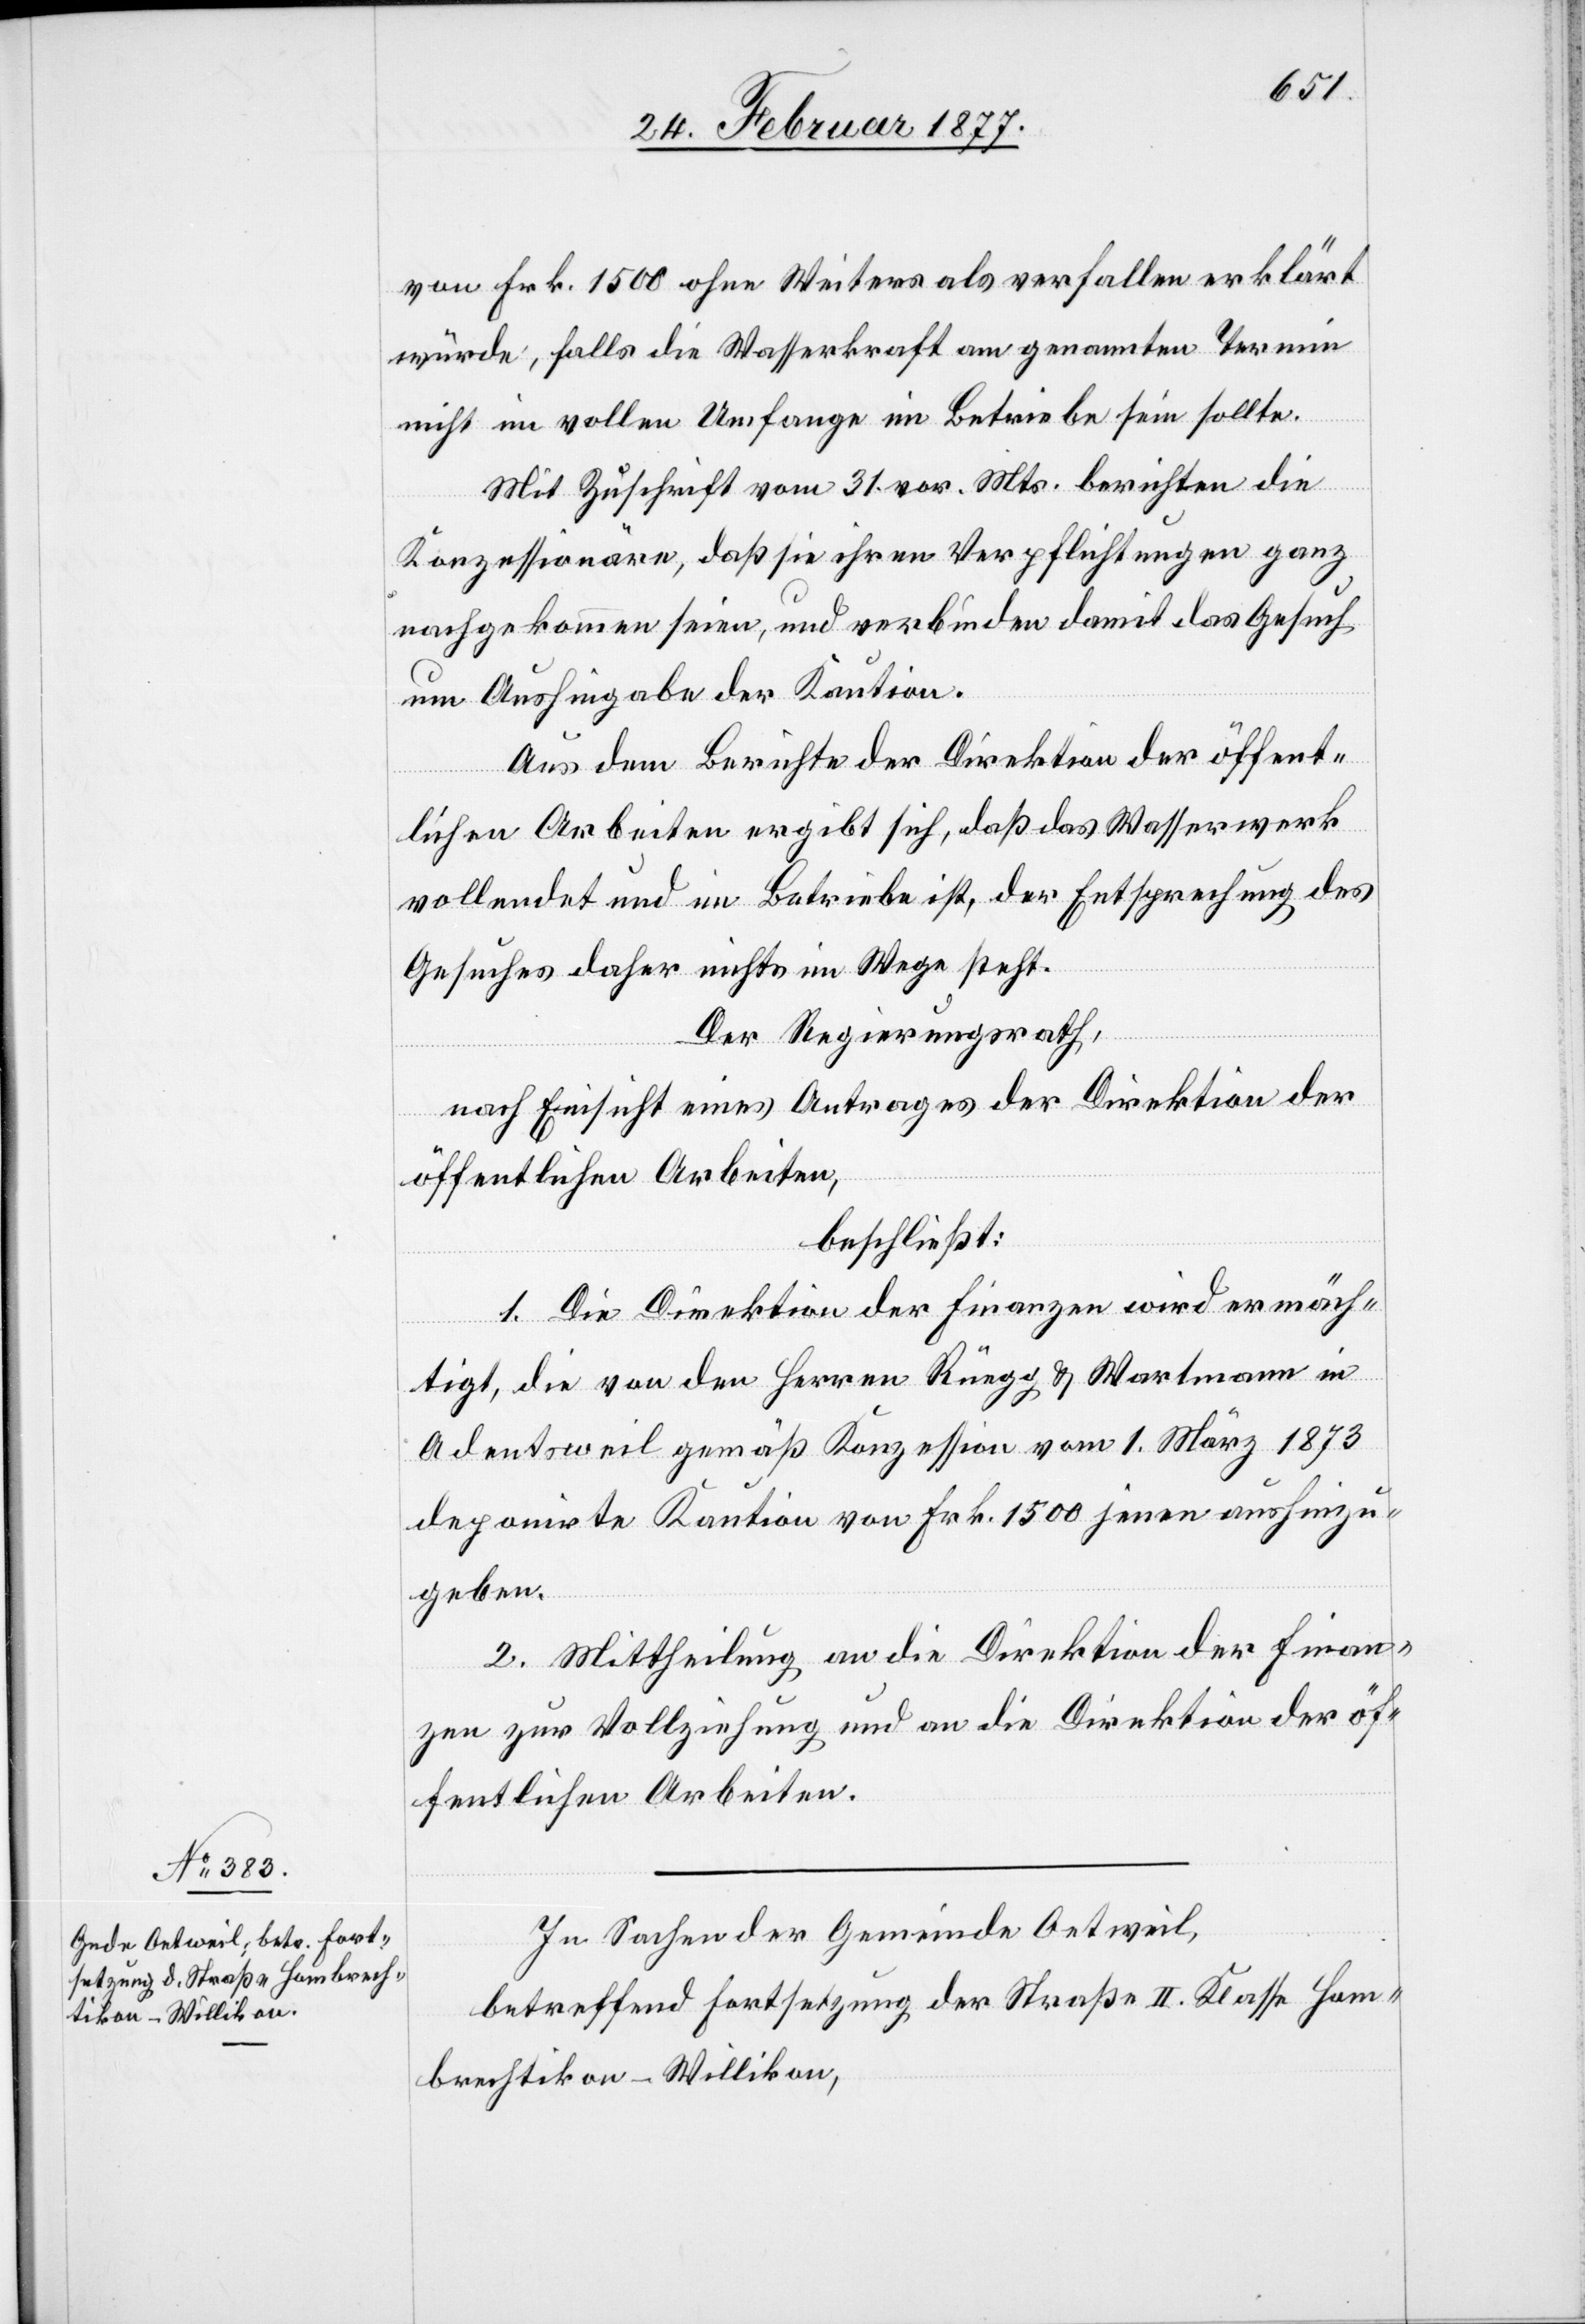
von Frk. 1500 ohne Weiteres als verfallen erklärt
würde, falls die Wasserkraft am genannten Termin
nicht im vollen Umfange im Betriebe sein sollte.
Mit Zuschrift vom 31. vor. Mts. berichten die
Konzessionäre, daß sie ihren Verpflichtungen ganz
nachgekommen seien, und verbinden damit das Gesuch
um Aushingabe der Kaution.
Aus dem Berichte der Direktion der öffent¬
lichen Arbeiten ergibt sich, daß das Wasserwerk
vollendet und im Betriebe ist, der Entsprechung des
Gesuches daher nichts im Wege steht.
Der Regierungsrath,
nach Einsicht eines Antrages der Direktion der
öffentlichen Arbeiten,
beschließt:
1. Die Direktion der Finanzen wird ermäch¬
tigt, die von den Herren Rüegg & Wartmann in
Adentsweil [sic!] gemäß Konzession vom 1. März 1873
deponirte Kaution von Frk. 1500 jenen aushinzu¬
geben.
2. Mittheilung an die Direktion der Finan¬
zen zur Vollziehung und an die Direktion der öf¬
fentlichen Arbeiten.
In Sachen der Gemeinde Oetweil,
betreffend Fortsetzung der Straße II. Klasse Hom¬
brechtikon–Willikon,